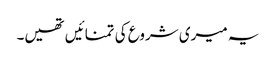
یہ میری شروع کی تمنائیں تھیں۔